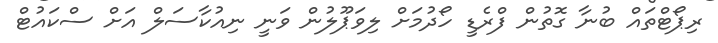
ރިޕޯޓްތައް ބުނާ ގޮތުން ފްރެޑީ ހޯދުމަށް ލިވަޕޫލުން ވަނީ ނިއުކާސަލް އަށް ސްކައުޓް